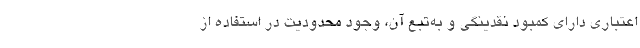
اعتباری دارای کمبود نقدینگی و به‌تبع آن، وجود محدودیت در استفاده از